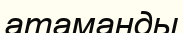
атаманды